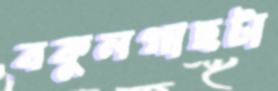
বকুলগাছটা